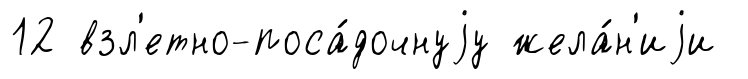
12 взл'етно-поса́дочнуjу жела́н'иjи